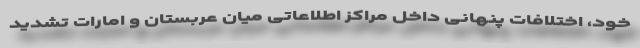
خود، اختلافات پنهانی داخل مراکز اطلاعاتی میان عربستان و امارات تشدید